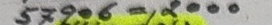
57906 = 2000